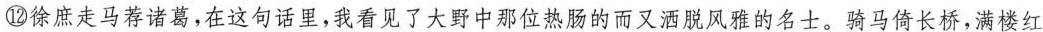
⑫徐庶走马荐诸葛,在这句话里，我看见了大野中那位热肠的而又洒脱风雅的名士。骑马倚长桥，满楼红